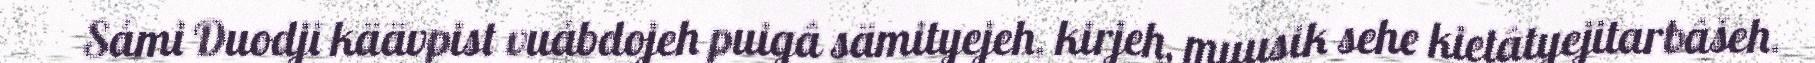
Sámi Duodji käävpist vuábdojeh puigâ sämityejeh, kirjeh, muusik sehe kietâtyejitarbâšeh.